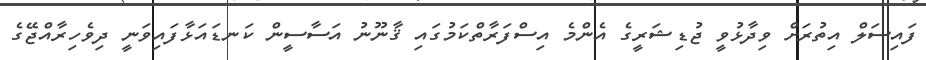
ފައިސަލް އިތުރަށް ވިދާޅުވީ ޖުޑިޝަރީގެ އެންމެ އިސްފަރާތްކަމުގައި ޤާނޫނު އަސާސީން ކަނޑައަޅާފައިވަނީ ދިވެހިރާއްޖޭގެ